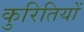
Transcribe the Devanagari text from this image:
कुरितियों